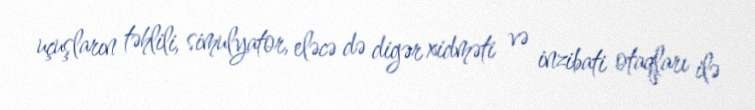
uçuşların təhlili, simulyator, eləcə də digər xidməti və inzibati otaqları ilə